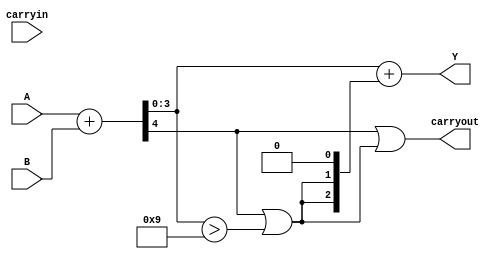
// Below is the code as per manual
// It fails for 9 + 9 test
module jbcdadder(Y,carryout,carryin,A,B);
  output [3:0]Y;
  output carryout;
  input carryin;
  input [3:0]A,B;
  
  wire z, cout;
  wire [3:0] s;
  
  assign {cout, s} = A + B;
  //assign z = cout | ( s[3] & s[2] ) | ( s[3] & s[1] );
  //assign {carryout, Y} = s + {1'b0, z, z, 1'b0};
  assign z = cout | s > 9;
  assign Y = s + {1'b0, z, z, 1'b0};
  assign carryout = cout | z;
  
endmodule

// Below is an example code from internet
module jbcdadderInternet(Y,carryout,carryin,A,B);
  output reg [3:0]Y;
  output reg carryout;
  input carryin;
  input [3:0]A,B;
  reg [3:0] s; // intermediate result sum
  
  always @(carryin, A, B)begin
    {carryout, s} = A + B + carryin;
    if (carryout | s > 9 ) begin
      Y = s + 6;
      carryout = 1'b1;
    end
    else Y = s;
  end
endmodule